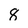
Character: 8